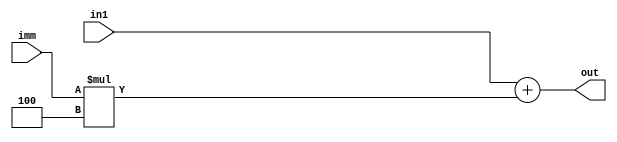
module two_in_sum (
	input [31:0] in1,
	input [31:0] imm,

	output [31:0] out	
);



assign out = in1 + imm*4;

endmodule